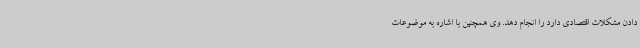
دادن مشکلات اقتصادی دارد را انجام دهد. وی همچنین با اشاره به موضوعات